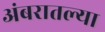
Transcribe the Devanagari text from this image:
अंबरातल्या